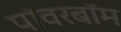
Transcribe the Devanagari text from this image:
पॉवरबॉम